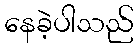
နေခဲ့ပါသည်